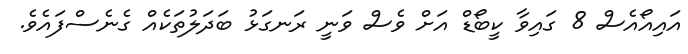
އައިއޯއެސް 8 ގައިވާ ކީބޯޑް އަށް ވެސް ވަނީ ރަނގަޅު ބަދަލުތަކެއް ގެނެސްފައެވެ.